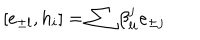
[ e _ { \pm l } , h _ { i } ] = \sum \beta _ { l i } ^ { j } e _ { \pm j }